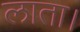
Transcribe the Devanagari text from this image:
लाता।